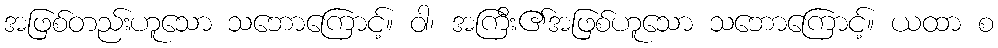
အဖြစ်တည်းဟူသော သဘောကြောင့်။ ဝါ၊ အကြီး၏အဖြစ်ဟူသော သဘောကြောင့်။ ယထာ စ